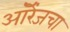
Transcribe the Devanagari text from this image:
ऑरेंजचा